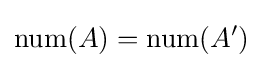
\mathrm {num} (A)=\mathrm {num} (A')